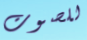
للصوت